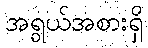
အရွယ်အစားရှိ